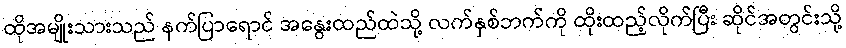
ထိုအမျိုးသားသည် နက်ပြာရောင် အနွေးထည်ထဲသို့ လက်နှစ်ဘက်ကို ထိုးထည့်လိုက်ပြီး ဆိုင်အတွင်းသို့